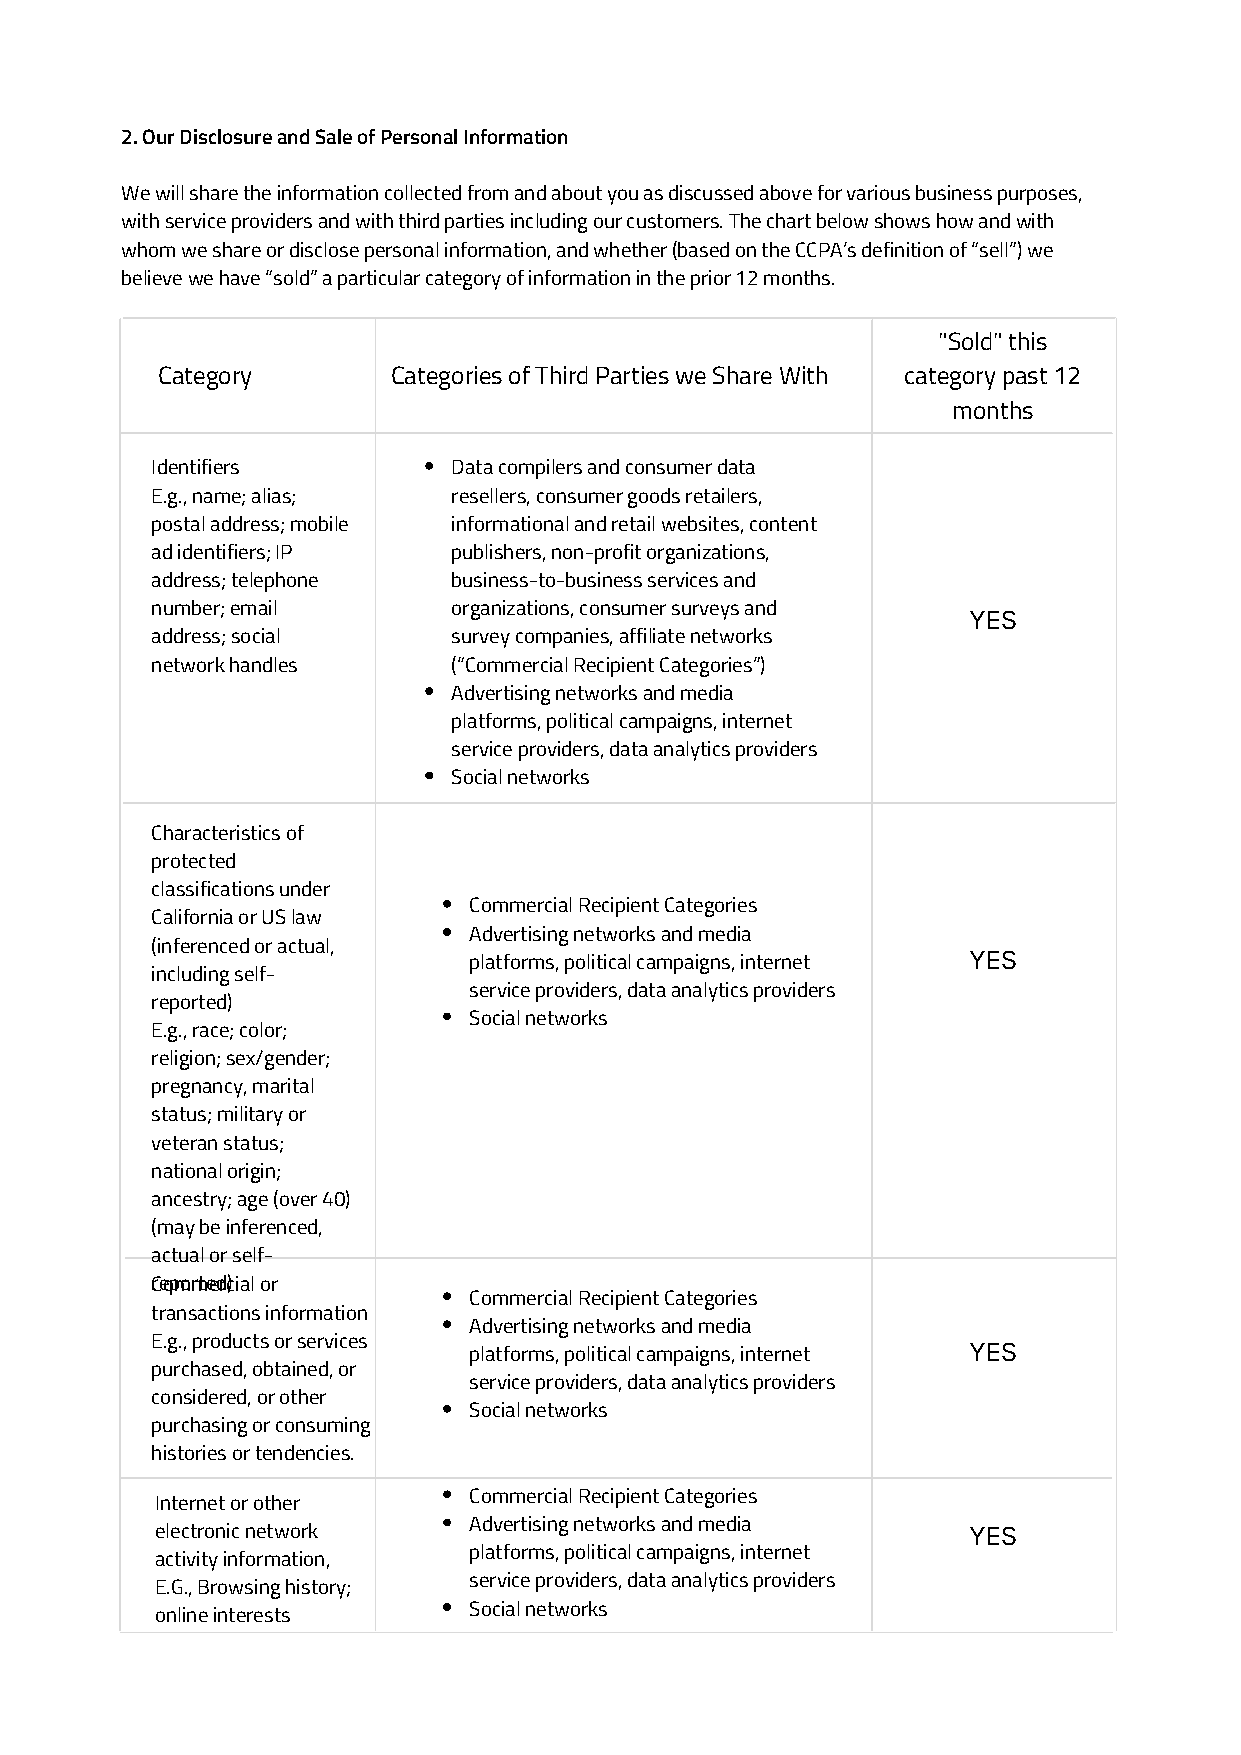
2. Our Disclosure and Sale of Personal Information
 We will share the information collected from and about you as discussed above for various business purposes,
 with service providers and with third parties including our customers. The chart below shows how and with
 whom we share or disclose personal information, and whether (based on the CCPA’s definition of “sell”) we
 believe we have “sold” a particular category of information in the prior 12 months.
 "Sold" this
 Category        Categories of Third Parties we Share With category past 12
 months
 Identifiers         Data compilers and consumer data
 E.g., name; alias;  resellers, consumer goods retailers,
 postal address; mobile informational and retail websites, content
 ad identifiers; IP  publishers, non-profit organizations,
 address; telephone  business-to-business services and
 number; email       organizations, consumer surveys and
 YES
 address; social     survey companies, affiliate networks
 network handles     (“Commercial Recipient Categories”)
 Advertising networks and media
 platforms, political campaigns, internet
 service providers, data analytics providers
 Social networks
 Characteristics of
 protected
 classifications under
 Commercial Recipient Categories
 California or US law
 Advertising networks and media
 (inferenced or actual,
 YES
 platforms, political campaigns, internet
 including self-
 service providers, data analytics providers
 reported)
 Social networks
 E.g., race; color;
 religion; sex/gender;
 pregnancy, marital
 status; military or
 veteran status;
 national origin;
 ancestry; age (over 40)
 (may be inferenced,
 actual or self-
 rCeopmormteedrc)ial or
 Commercial Recipient Categories
 transactions information
 Advertising networks and media
 E.g., products or services
 YES
 platforms, political campaigns, internet
 purchased, obtained, or
 service providers, data analytics providers
 considered, or other
 Social networks
 purchasing or consuming
 histories or tendencies.
 Commercial Recipient Categories
 Internet or other
 Advertising networks and media
 electronic network                                    YES
 platforms, political campaigns, internet
 activity information,
 service providers, data analytics providers
 E.G., Browsing history;
 Social networks
 online interests